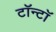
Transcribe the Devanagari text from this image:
टॉन्टॉ